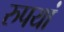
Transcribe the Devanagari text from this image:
रुपयां